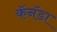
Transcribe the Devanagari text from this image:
कॅनॅडा